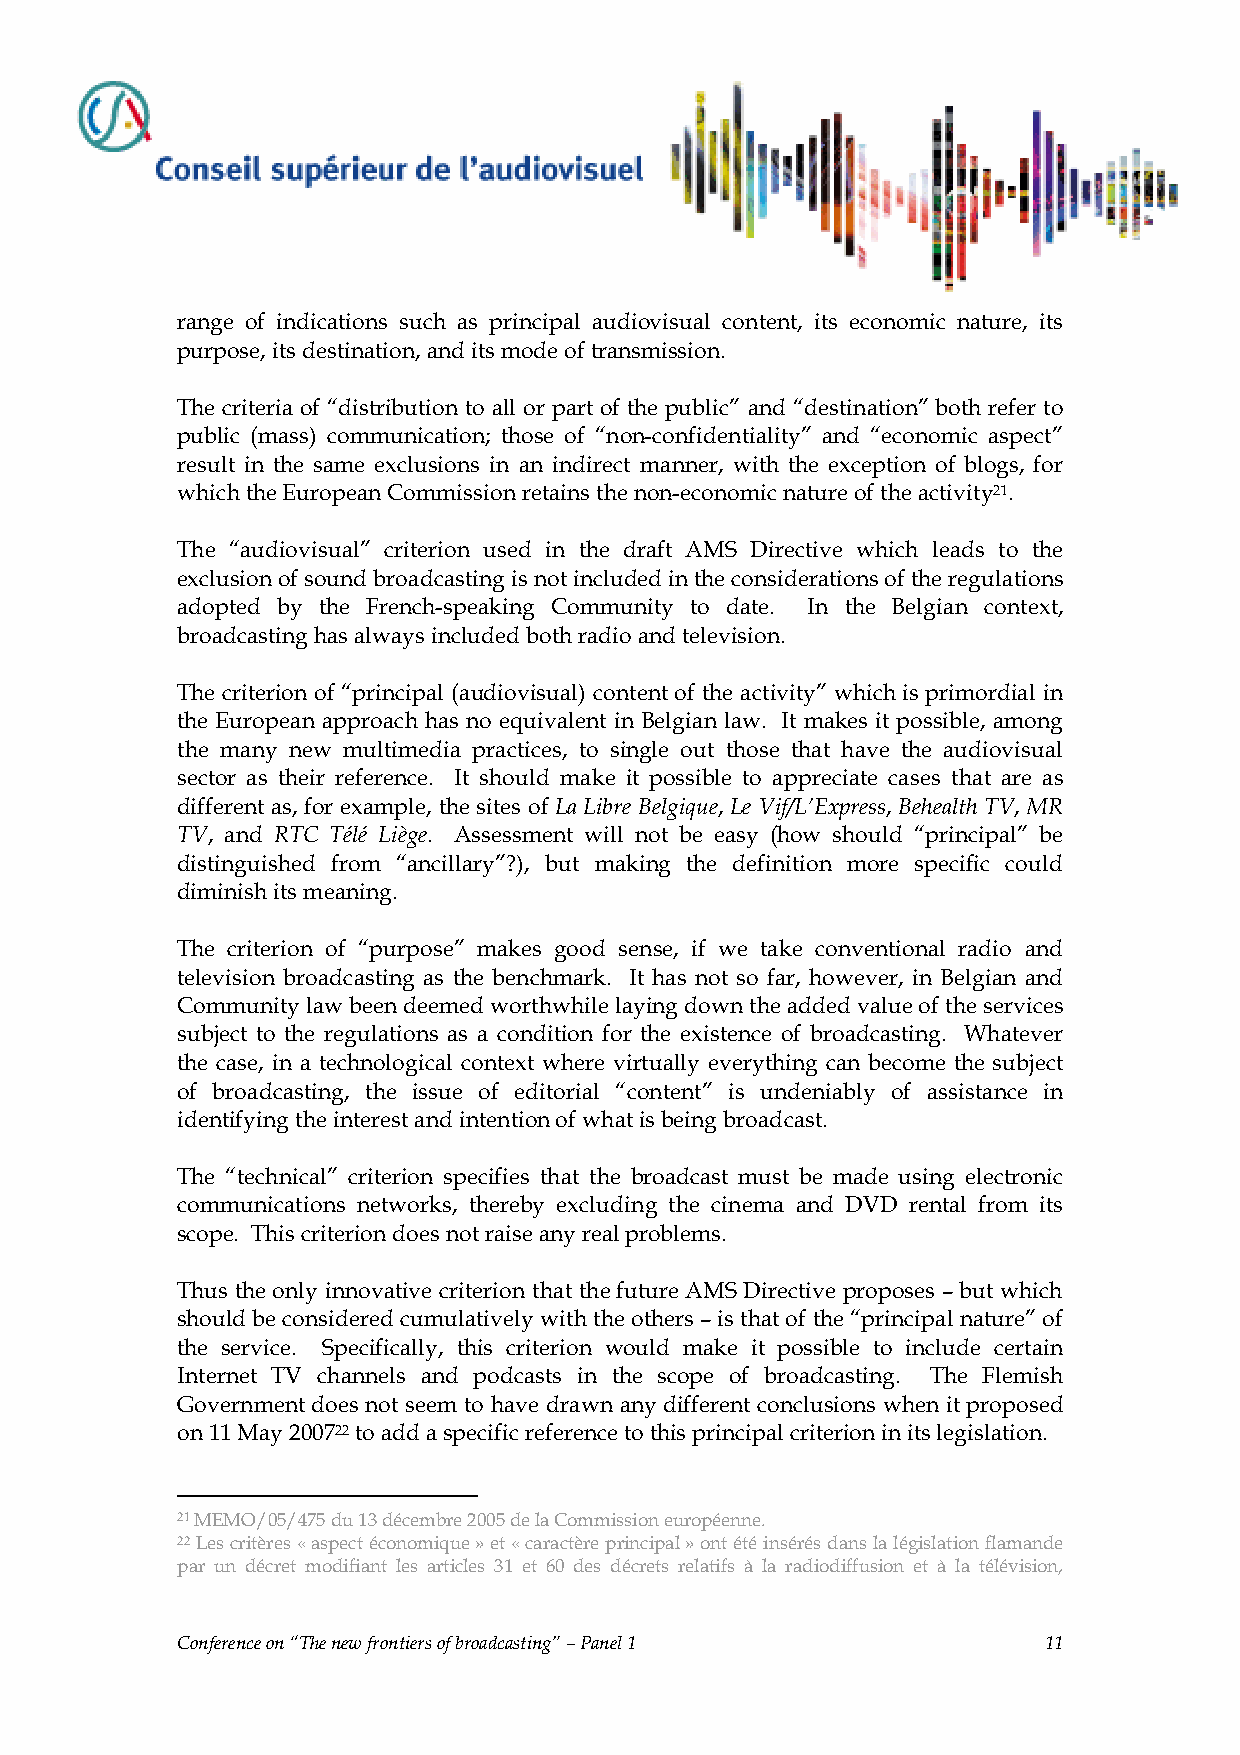
- 11 -
 range of indications such as principal audiovisual content, its economic nature, its
 purpose, its destination, and its mode of transmission.
 The criteria of “distribution to all or part of the public” and “destination” both refer to
 public (mass) communication; those of “non-confidentiality” and “economic aspect”
 result in the same exclusions in an indirect manner, with the exception of blogs, for
 which the European Commission retains the non-economic nature of the activity21.
 The “audiovisual” criterion used in the draft AMS Directive which leads to the
 exclusion of sound broadcasting is not included in the considerations of the regulations
 adopted by the French-speaking Community to date. In the Belgian context,
 broadcasting has always included both radio and television.
 The criterion of “principal (audiovisual) content of the activity” which is primordial in
 the European approach has no equivalent in Belgian law. It makes it possible, among
 the many new multimedia practices, to single out those that have the audiovisual
 sector as their reference. It should make it possible to appreciate cases that are as
 different as, for example, the sites of La Libre Belgique, Le Vif/L’Express, Behealth TV, MR
 TV, and RTC Télé Liège. Assessment will not be easy (how should “principal” be
 distinguished from “ancillary”?), but making the definition more specific could
 diminish its meaning.
 The criterion of “purpose” makes good sense, if we take conventional radio and
 television broadcasting as the benchmark. It has not so far, however, in Belgian and
 Community law been deemed worthwhile laying down the added value of the services
 subject to the regulations as a condition for the existence of broadcasting. Whatever
 the case, in a technological context where virtually everything can become the subject
 of broadcasting, the issue of editorial “content” is undeniably of assistance in
 identifying the interest and intention of what is being broadcast.
 The “technical” criterion specifies that the broadcast must be made using electronic
 communications networks, thereby excluding the cinema and DVD rental from its
 scope. This criterion does not raise any real problems.
 Thus the only innovative criterion that the future AMS Directive proposes – but which
 should be considered cumulatively with the others – is that of the “principal nature” of
 the service. Specifically, this criterion would make it possible to include certain
 Internet TV channels and podcasts in the scope of broadcasting. The Flemish
 Government does not seem to have drawn any different conclusions when it proposed
 on 11 May 200722 to add a specific reference to this principal criterion in its legislation.
 21 MEMO/05/475 du 13 décembre 2005 de la Commission européenne.
 TP PT
 22 Les critères « aspect économique » et « caractère principal » ont été insérés dans la législation flamande
 TP PT
 par un décret modifiant les articles 31 et 60 des décrets relatifs à la radiodiffusion et à la télévision,
 Conference on “The new frontiers of broadcasting” – Panel 1 11